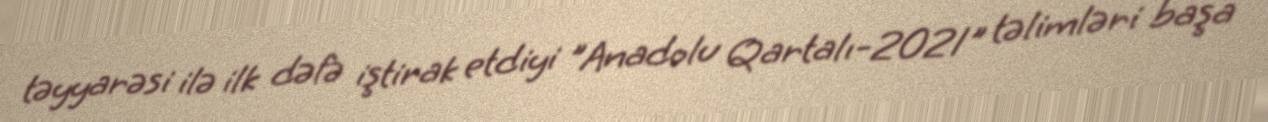
təyyarəsi ilə ilk dəfə iştirak etdiyi ”Anadolu Qartalı-2021" təlimləri başa